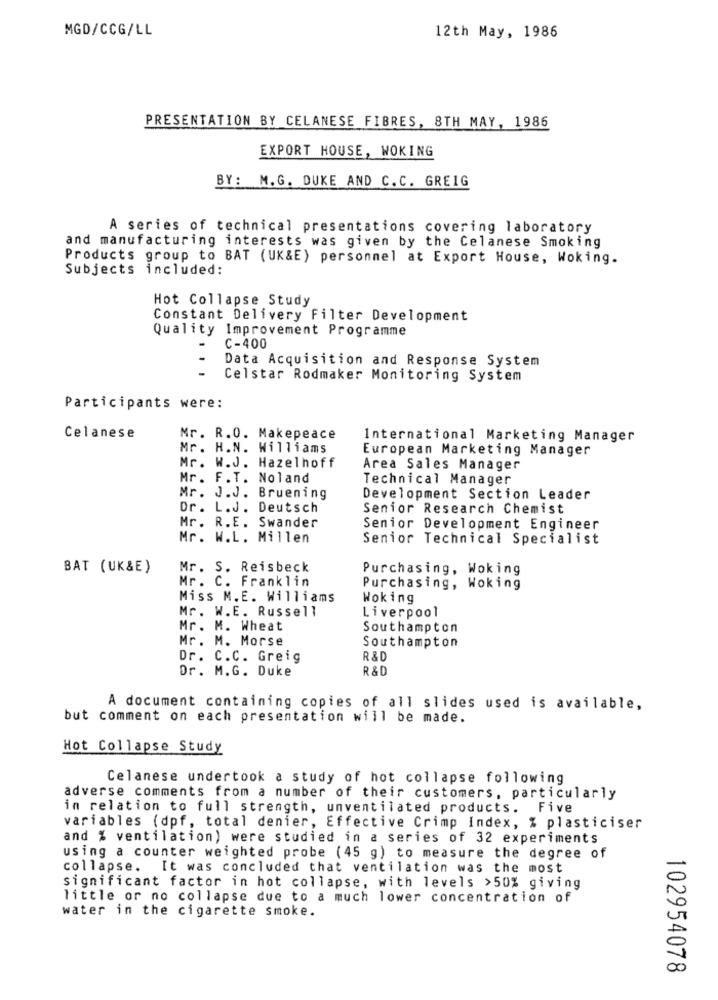
MGD/CCG/LL
12th May, 1986
PRESENTATION BY CELANESE FIBRES, 8TH MAY, 1986
EXPORT HOUSE, WOKING
BY: M.G. DUKE AND C.C. GREIG
A series of technical presentations covering laboratory
and manufacturing interests was given by the Celanese Smoking
Products group to BAT (UK&E) personnel at Export House, Woking.
Subjects included:
Hot Collapse Study
Constant Delivery Filter Development
Quality Improvement Programme
-
C-400
Data Acquisition and Response System
-
Celstar Rodmaker Monitoring System
Participants were:
Celanese
Mr. R.O. Makepeace
International Marketing Manager
Mr. H.N. Williams
European Marketing Manager
Mr. W.J. Hazelhoff
Area Sales Manager
Mr. F.T. Noland
Technical Manager
Mr. J.J. Bruening
Development Section Leader
Dr. L.J. Deutsch
Senior Research Chemist
Mr. R.E. Swander
Senior Development Engineer
Mr. W.L. Millen
Senior Technical Specialist
BAT (UK&E)
Mr. S. Reisbeck
Purchasing, Woking
Mr. C. Franklin
Purchasing, Woking
Miss M.E. Williams
Woking
Mr. W.E. Russell
Liverpool
Mr. M. Wheat
Southampton
Mr. M. Morse
Southampton
Dr. C.C. Greig
R & D
Dr. M. G. Duke
R &D
A document containing copies of all slides used is available,
but comment on each presentation will be made.
Hot Collapse Study
Celanese undertook a study of hot collapse following
adverse comments from a number of their customers, particularly
in relation to full strength, unventilated products. Five
variables (dpf, total denier, Effective Crimp Index, % plasticiser
and % ventilation) were studied in a series of 32 experiments
using a counter weighted probe (45 g) to measure the degree of
collapse. It was concluded that ventilation was the most
significant factor in hot collapse, with levels >50% giving
little or no collapse due to a much lower concentration of
water in the cigarette smoke.
102954078